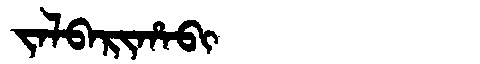
Manchu: ᠵᠠᠯᠪᠠᡵᡳᡥᠠᠪᡳ
Romanization: JALBARIHABI